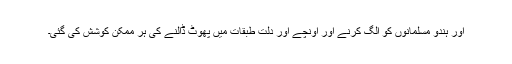
اور ہندو مسلمانوں کو الگ کرنے اور اونچے اور دلت طبقات میں پھوٹ ڈالنے کی ہر ممکن کوشش کی گئی۔